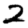
Digit: 2